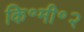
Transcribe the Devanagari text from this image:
कि॰मी॰२